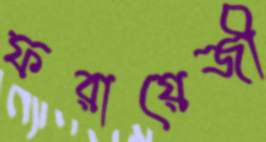
ফরায়েজী